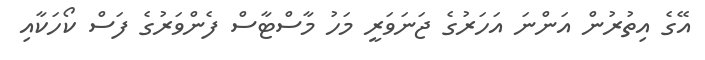
އޭގެ އިތުރުން އަންނަ އަހަރުގެ ޖަނަވަރީ މަހު މާސްޓާސް ފެންވަރުގެ ފަސް ކޯހަކާއި